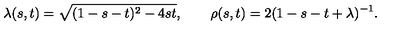
\lambda ( s , t ) = \sqrt { ( 1 - s - t ) ^ { 2 } - 4 s t } , \qquad \rho ( s , t ) = 2 ( 1 - s - t + \lambda ) ^ { - 1 } .